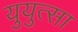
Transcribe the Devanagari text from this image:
युयुत्सा